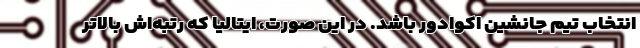
انتخاب تیم جانشین اکوادور باشد. در این صورت، ایتالیا که رتبه‌اش بالاتر